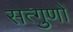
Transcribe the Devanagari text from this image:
सत्गुणों